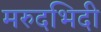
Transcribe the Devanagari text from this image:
मरुदभिदी